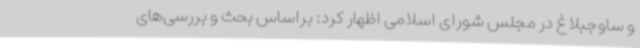
و ساوجبلاغ در مجلس شورای اسلامی اظهار کرد: براساس بحث و بررسی‌های